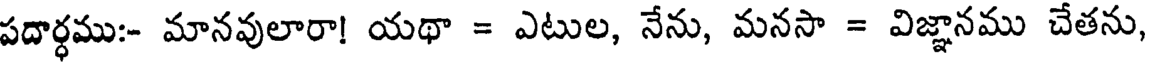
పదార్ధము:- మానవులారా! యథా = ఎటుల, నేను, మనసా = విజ్ఞానము చేతను,